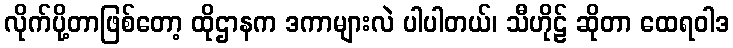
လိုက်ပို့တာဖြစ်တော့ ထိုဌာနက ဒကာများလဲ ပါပါတယ်၊ သီဟိုဠ် ဆိုတာ ထေရဝါဒ